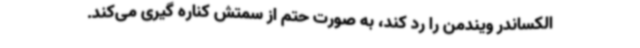
الکساندر ویندمن را رد کند، به صورت حتم از سمتش کناره گیری می‌کند.